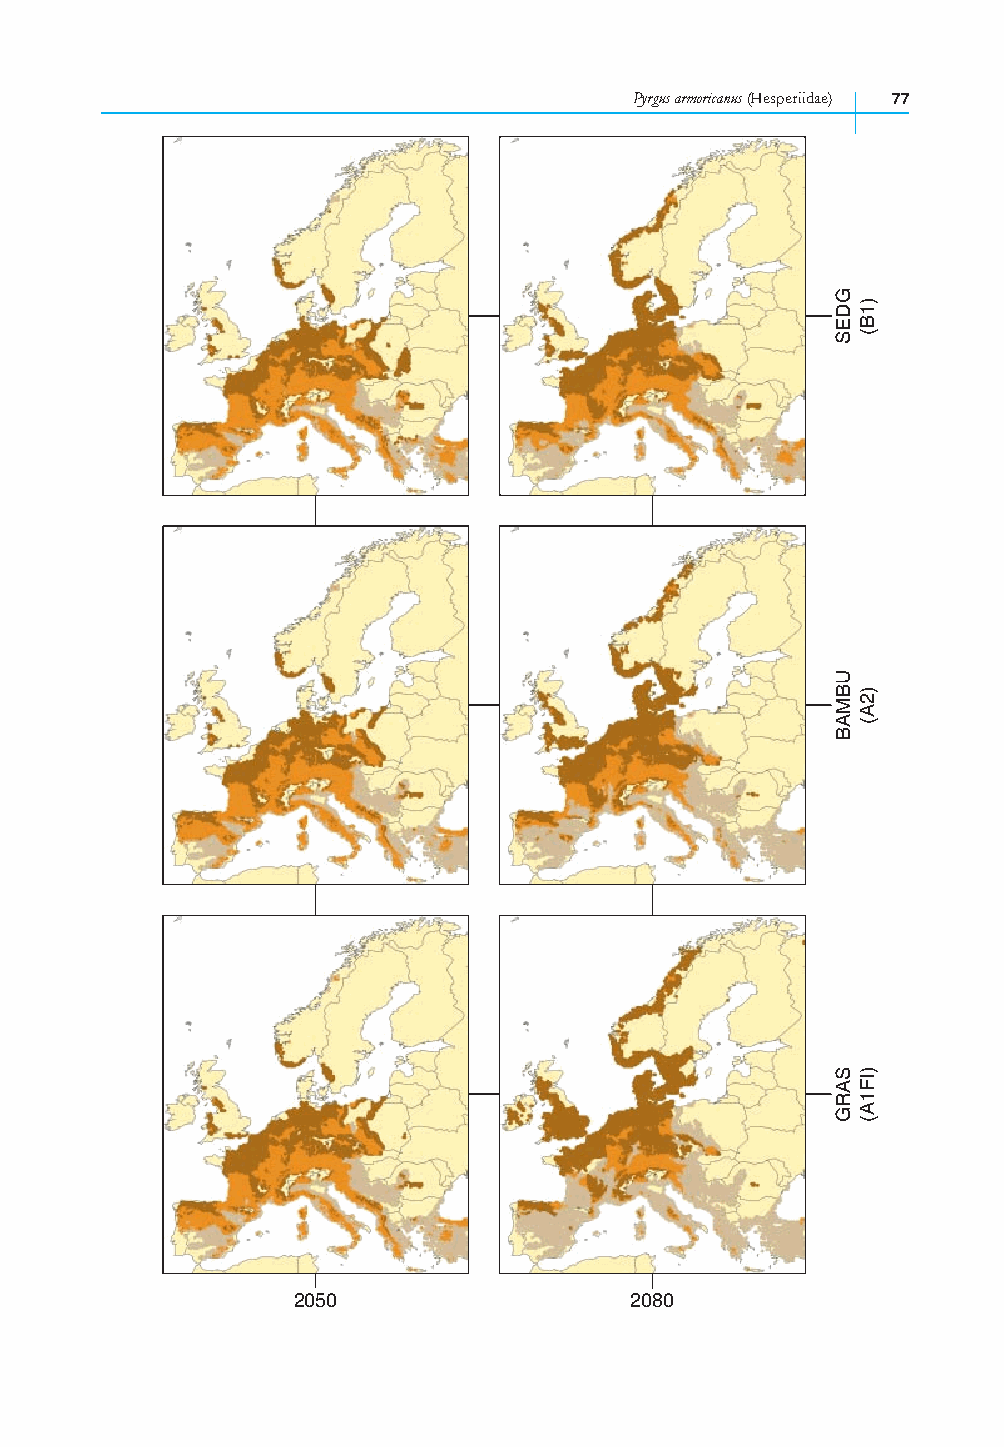
Pyrgus armoricanus (Hesperiidae) 77
 2050                   2080
 GDES
 UBMAB
 SARG
 )1B(
 )2A(
 )IF1A(